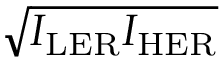
\sqrt { I _ { \mathrm { L E R } } I _ { \mathrm { H E R } } }